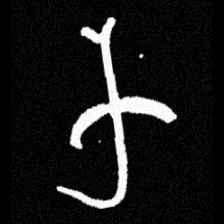
Pyu character \u2014 Myanmar letter: က (romanized: ka)